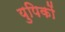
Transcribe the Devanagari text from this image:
युपिकों